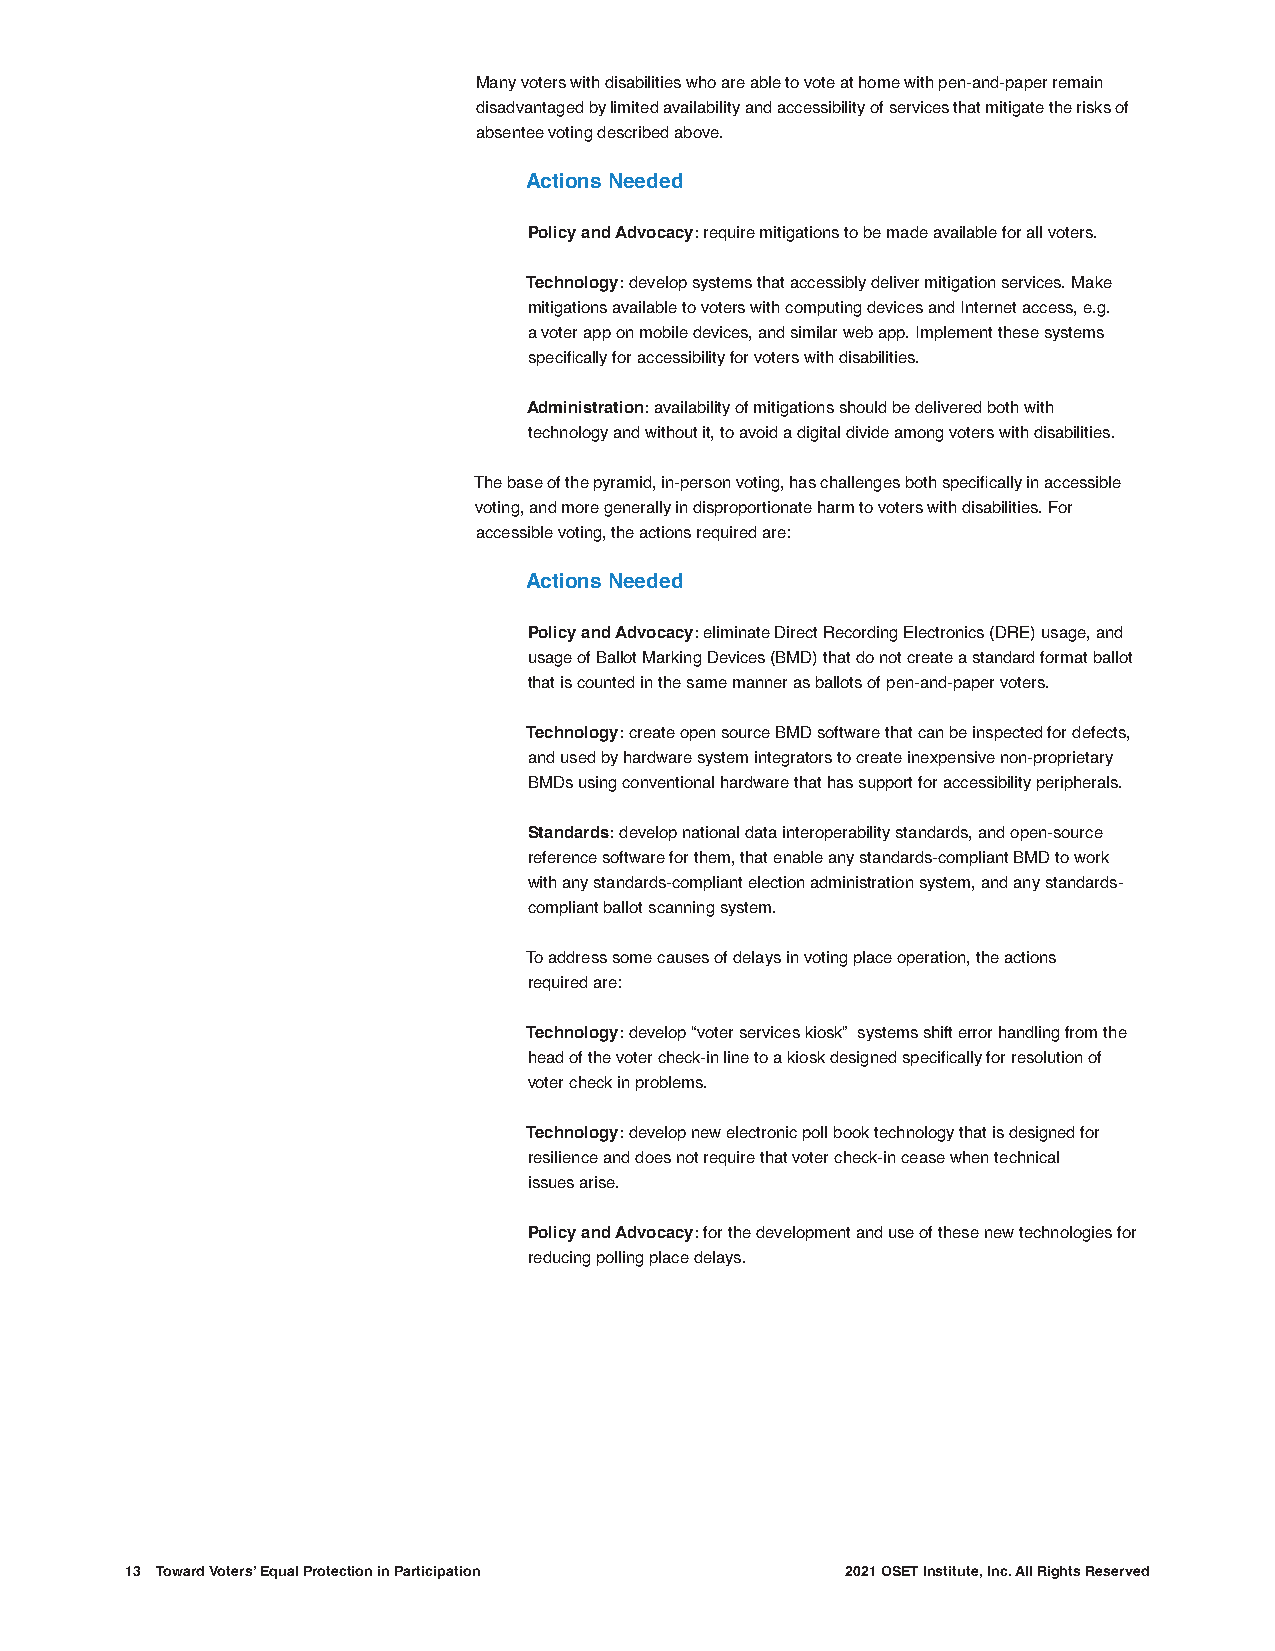
Many voters with disabilities who are able to vote at home with pen-and-paper remain
 disadvantaged by limited availability and accessibility of services that mitigate the risks of
 absentee voting described above.
 Actions Needed
 Policy and Advocacy: require mitigations to be made available for all voters.
 Technology: develop systems that accessibly deliver mitigation services. Make
 mitigations available to voters with computing devices and Internet access, e.g.
 a voter app on mobile devices, and similar web app. Implement these systems
 specifically for accessibility for voters with disabilities.
 Administration: availability of mitigations should be delivered both with
 technology and without it, to avoid a digital divide among voters with disabilities.
 The base of the pyramid, in-person voting, has challenges both specifically in accessible
 voting, and more generally in disproportionate harm to voters with disabilities. For
 accessible voting, the actions required are:
 Actions Needed
 Policy and Advocacy: eliminate Direct Recording Electronics (DRE) usage, and
 usage of Ballot Marking Devices (BMD) that do not create a standard format ballot
 that is counted in the same manner as ballots of pen-and-paper voters.
 Technology: create open source BMD software that can be inspected for defects,
 and used by hardware system integrators to create inexpensive non-proprietary
 BMDs using conventional hardware that has support for accessibility peripherals.
 Standards: develop national data interoperability standards, and open-source
 reference software for them, that enable any standards-compliant BMD to work
 with any standards-compliant election administration system, and any standards-
 compliant ballot scanning system.
 To address some causes of delays in voting place operation, the actions
 required are:
 Technology: develop “voter services kiosk” systems shift error handling from the
 head of the voter check-in line to a kiosk designed specifically for resolution of
 voter check in problems.
 Technology: develop new electronic poll book technology that is designed for
 resilience and does not require that voter check-in cease when technical
 issues arise.
 Policy and Advocacy: for the development and use of these new technologies for
 reducing polling place delays.
 13 Toward Voters’ Equal Protection in Participation 2021 OSET Institute, Inc. All Rights Reserved